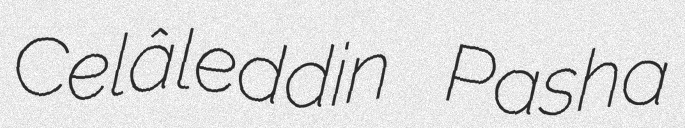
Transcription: Celâleddin Pasha